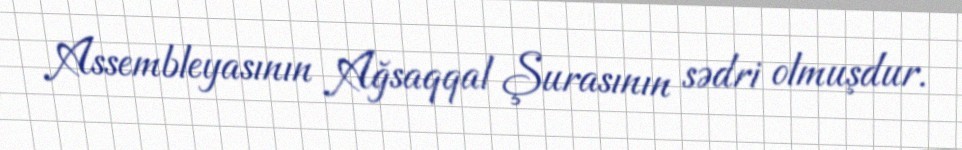
Assembleyasının Ağsaqqal Şurasının sədri olmuşdur.